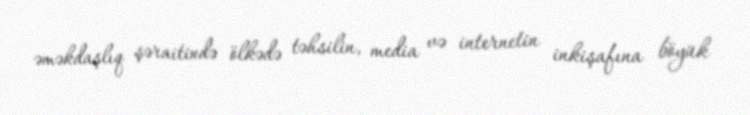
əməkdaşlıq şəraitində ölkədə təhsilin, media və internetin inkişafına böyük